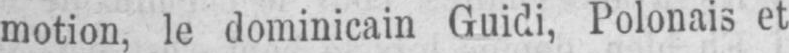
motion, le dominicain Guidi, Polonais et